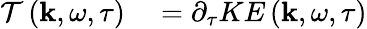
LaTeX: \begin{array}{rl}{\mathcal{T}\left(\mathbf{k},\omega,\tau\right)}&{{}=\partial_{\tau}KE\left(\mathbf{k},\omega,\tau\right)}\end{array}